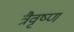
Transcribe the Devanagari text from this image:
त्रैवृष्ण